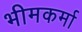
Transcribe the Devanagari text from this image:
भीमकर्मा